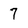
Character: 7